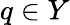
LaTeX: q\in Y